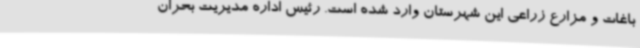
باغات و مزارع زراعی این شهرستان وارد شده است. رئیس اداره مدیریت بحران